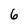
Character: 6